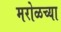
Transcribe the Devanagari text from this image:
मरोळच्या